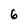
Character: 6